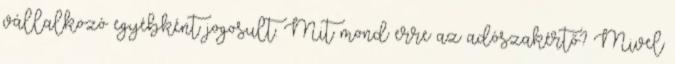
vállalkozó egyébként jogosult. Mit mond erre az adószakértő? Mivel